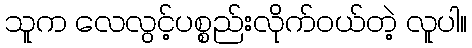
သူက လေလွင့်ပစ္စည်းလိုက်ဝယ်တဲ့ လူပါ။